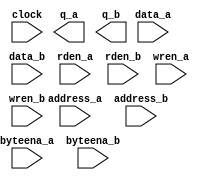
// megafunction wizard: %RAM: 2-PORT%VBB%
// GENERATION: STANDARD
// VERSION: WM1.0
// MODULE: altsyncram 

// ============================================================
// Megafunction Name(s):
// 			altsyncram
//
// Simulation Library Files(s):
// 			altera_mf
// ============================================================
// ************************************************************
// THIS IS A WIZARD-GENERATED FILE. DO NOT EDIT THIS FILE!
//
// 19.1.0 Build 670 09/22/2019 SJ Standard Edition
// ************************************************************

//Copyright (C) 2019  Intel Corporation. All rights reserved.
//Your use of Intel Corporation's design tools, logic functions 
//and other software and tools, and any partner logic 
//functions, and any output files from any of the foregoing 
//(including device programming or simulation files), and any 
//associated documentation or information are expressly subject 
//to the terms and conditions of the Intel Program License 
//Subscription Agreement, the Intel Quartus Prime License Agreement,
//the Intel FPGA IP License Agreement, or other applicable license
//agreement, including, without limitation, that your use is for
//the sole purpose of programming logic devices manufactured by
//Intel and sold by Intel or its authorized distributors.  Please
//refer to the applicable agreement for further details, at
//https://fpgasoftware.intel.com/eula.

module ocm (
	address_a,
	address_b,
	byteena_a,
	byteena_b,
	clock,
	data_a,
	data_b,
	rden_a,
	rden_b,
	wren_a,
	wren_b,
	q_a,
	q_b);

	input	[9:0]  address_a;
	input	[9:0]  address_b;
	input	[3:0]  byteena_a;
	input	[3:0]  byteena_b;
	input	  clock;
	input	[31:0]  data_a;
	input	[31:0]  data_b;
	input	  rden_a;
	input	  rden_b;
	input	  wren_a;
	input	  wren_b;
	output	[31:0]  q_a;
	output	[31:0]  q_b;
`ifndef ALTERA_RESERVED_QIS
// synopsys translate_off
`endif
	tri1	[3:0]  byteena_a;
	tri1	[3:0]  byteena_b;
	tri1	  clock;
	tri1	  rden_a;
	tri1	  rden_b;
	tri0	  wren_a;
	tri0	  wren_b;
`ifndef ALTERA_RESERVED_QIS
// synopsys translate_on
`endif

endmodule

// ============================================================
// CNX file retrieval info
// ============================================================
// Retrieval info: PRIVATE: ADDRESSSTALL_A NUMERIC "0"
// Retrieval info: PRIVATE: ADDRESSSTALL_B NUMERIC "0"
// Retrieval info: PRIVATE: BYTEENA_ACLR_A NUMERIC "0"
// Retrieval info: PRIVATE: BYTEENA_ACLR_B NUMERIC "0"
// Retrieval info: PRIVATE: BYTE_ENABLE_A NUMERIC "1"
// Retrieval info: PRIVATE: BYTE_ENABLE_B NUMERIC "1"
// Retrieval info: PRIVATE: BYTE_SIZE NUMERIC "8"
// Retrieval info: PRIVATE: BlankMemory NUMERIC "1"
// Retrieval info: PRIVATE: CLOCK_ENABLE_INPUT_A NUMERIC "0"
// Retrieval info: PRIVATE: CLOCK_ENABLE_INPUT_B NUMERIC "0"
// Retrieval info: PRIVATE: CLOCK_ENABLE_OUTPUT_A NUMERIC "0"
// Retrieval info: PRIVATE: CLOCK_ENABLE_OUTPUT_B NUMERIC "0"
// Retrieval info: PRIVATE: CLRdata NUMERIC "0"
// Retrieval info: PRIVATE: CLRq NUMERIC "0"
// Retrieval info: PRIVATE: CLRrdaddress NUMERIC "0"
// Retrieval info: PRIVATE: CLRrren NUMERIC "0"
// Retrieval info: PRIVATE: CLRwraddress NUMERIC "0"
// Retrieval info: PRIVATE: CLRwren NUMERIC "0"
// Retrieval info: PRIVATE: Clock NUMERIC "0"
// Retrieval info: PRIVATE: Clock_A NUMERIC "0"
// Retrieval info: PRIVATE: Clock_B NUMERIC "0"
// Retrieval info: PRIVATE: IMPLEMENT_IN_LES NUMERIC "0"
// Retrieval info: PRIVATE: INDATA_ACLR_B NUMERIC "0"
// Retrieval info: PRIVATE: INDATA_REG_B NUMERIC "1"
// Retrieval info: PRIVATE: INIT_FILE_LAYOUT STRING "PORT_A"
// Retrieval info: PRIVATE: INIT_TO_SIM_X NUMERIC "0"
// Retrieval info: PRIVATE: INTENDED_DEVICE_FAMILY STRING "MAX 10"
// Retrieval info: PRIVATE: JTAG_ENABLED NUMERIC "0"
// Retrieval info: PRIVATE: JTAG_ID STRING "NONE"
// Retrieval info: PRIVATE: MAXIMUM_DEPTH NUMERIC "0"
// Retrieval info: PRIVATE: MEMSIZE NUMERIC "32768"
// Retrieval info: PRIVATE: MEM_IN_BITS NUMERIC "0"
// Retrieval info: PRIVATE: MIFfilename STRING ""
// Retrieval info: PRIVATE: OPERATION_MODE NUMERIC "3"
// Retrieval info: PRIVATE: OUTDATA_ACLR_B NUMERIC "0"
// Retrieval info: PRIVATE: OUTDATA_REG_B NUMERIC "0"
// Retrieval info: PRIVATE: RAM_BLOCK_TYPE NUMERIC "2"
// Retrieval info: PRIVATE: READ_DURING_WRITE_MODE_MIXED_PORTS NUMERIC "2"
// Retrieval info: PRIVATE: READ_DURING_WRITE_MODE_PORT_A NUMERIC "4"
// Retrieval info: PRIVATE: READ_DURING_WRITE_MODE_PORT_B NUMERIC "4"
// Retrieval info: PRIVATE: REGdata NUMERIC "1"
// Retrieval info: PRIVATE: REGq NUMERIC "0"
// Retrieval info: PRIVATE: REGrdaddress NUMERIC "0"
// Retrieval info: PRIVATE: REGrren NUMERIC "1"
// Retrieval info: PRIVATE: REGwraddress NUMERIC "1"
// Retrieval info: PRIVATE: REGwren NUMERIC "1"
// Retrieval info: PRIVATE: SYNTH_WRAPPER_GEN_POSTFIX STRING "0"
// Retrieval info: PRIVATE: USE_DIFF_CLKEN NUMERIC "0"
// Retrieval info: PRIVATE: UseDPRAM NUMERIC "1"
// Retrieval info: PRIVATE: VarWidth NUMERIC "0"
// Retrieval info: PRIVATE: WIDTH_READ_A NUMERIC "32"
// Retrieval info: PRIVATE: WIDTH_READ_B NUMERIC "32"
// Retrieval info: PRIVATE: WIDTH_WRITE_A NUMERIC "32"
// Retrieval info: PRIVATE: WIDTH_WRITE_B NUMERIC "32"
// Retrieval info: PRIVATE: WRADDR_ACLR_B NUMERIC "0"
// Retrieval info: PRIVATE: WRADDR_REG_B NUMERIC "1"
// Retrieval info: PRIVATE: WRCTRL_ACLR_B NUMERIC "0"
// Retrieval info: PRIVATE: enable NUMERIC "0"
// Retrieval info: PRIVATE: rden NUMERIC "1"
// Retrieval info: LIBRARY: altera_mf altera_mf.altera_mf_components.all
// Retrieval info: CONSTANT: ADDRESS_REG_B STRING "CLOCK0"
// Retrieval info: CONSTANT: BYTEENA_REG_B STRING "CLOCK0"
// Retrieval info: CONSTANT: BYTE_SIZE NUMERIC "8"
// Retrieval info: CONSTANT: CLOCK_ENABLE_INPUT_A STRING "BYPASS"
// Retrieval info: CONSTANT: CLOCK_ENABLE_INPUT_B STRING "BYPASS"
// Retrieval info: CONSTANT: CLOCK_ENABLE_OUTPUT_A STRING "BYPASS"
// Retrieval info: CONSTANT: CLOCK_ENABLE_OUTPUT_B STRING "BYPASS"
// Retrieval info: CONSTANT: INDATA_REG_B STRING "CLOCK0"
// Retrieval info: CONSTANT: INTENDED_DEVICE_FAMILY STRING "MAX 10"
// Retrieval info: CONSTANT: LPM_TYPE STRING "altsyncram"
// Retrieval info: CONSTANT: NUMWORDS_A NUMERIC "1024"
// Retrieval info: CONSTANT: NUMWORDS_B NUMERIC "1024"
// Retrieval info: CONSTANT: OPERATION_MODE STRING "BIDIR_DUAL_PORT"
// Retrieval info: CONSTANT: OUTDATA_ACLR_A STRING "NONE"
// Retrieval info: CONSTANT: OUTDATA_ACLR_B STRING "NONE"
// Retrieval info: CONSTANT: OUTDATA_REG_A STRING "UNREGISTERED"
// Retrieval info: CONSTANT: OUTDATA_REG_B STRING "UNREGISTERED"
// Retrieval info: CONSTANT: POWER_UP_UNINITIALIZED STRING "FALSE"
// Retrieval info: CONSTANT: RAM_BLOCK_TYPE STRING "M9K"
// Retrieval info: CONSTANT: READ_DURING_WRITE_MODE_MIXED_PORTS STRING "DONT_CARE"
// Retrieval info: CONSTANT: READ_DURING_WRITE_MODE_PORT_A STRING "NEW_DATA_WITH_NBE_READ"
// Retrieval info: CONSTANT: READ_DURING_WRITE_MODE_PORT_B STRING "NEW_DATA_WITH_NBE_READ"
// Retrieval info: CONSTANT: WIDTHAD_A NUMERIC "10"
// Retrieval info: CONSTANT: WIDTHAD_B NUMERIC "10"
// Retrieval info: CONSTANT: WIDTH_A NUMERIC "32"
// Retrieval info: CONSTANT: WIDTH_B NUMERIC "32"
// Retrieval info: CONSTANT: WIDTH_BYTEENA_A NUMERIC "4"
// Retrieval info: CONSTANT: WIDTH_BYTEENA_B NUMERIC "4"
// Retrieval info: CONSTANT: WRCONTROL_WRADDRESS_REG_B STRING "CLOCK0"
// Retrieval info: USED_PORT: address_a 0 0 10 0 INPUT NODEFVAL "address_a[9..0]"
// Retrieval info: USED_PORT: address_b 0 0 10 0 INPUT NODEFVAL "address_b[9..0]"
// Retrieval info: USED_PORT: byteena_a 0 0 4 0 INPUT VCC "byteena_a[3..0]"
// Retrieval info: USED_PORT: byteena_b 0 0 4 0 INPUT VCC "byteena_b[3..0]"
// Retrieval info: USED_PORT: clock 0 0 0 0 INPUT VCC "clock"
// Retrieval info: USED_PORT: data_a 0 0 32 0 INPUT NODEFVAL "data_a[31..0]"
// Retrieval info: USED_PORT: data_b 0 0 32 0 INPUT NODEFVAL "data_b[31..0]"
// Retrieval info: USED_PORT: q_a 0 0 32 0 OUTPUT NODEFVAL "q_a[31..0]"
// Retrieval info: USED_PORT: q_b 0 0 32 0 OUTPUT NODEFVAL "q_b[31..0]"
// Retrieval info: USED_PORT: rden_a 0 0 0 0 INPUT VCC "rden_a"
// Retrieval info: USED_PORT: rden_b 0 0 0 0 INPUT VCC "rden_b"
// Retrieval info: USED_PORT: wren_a 0 0 0 0 INPUT GND "wren_a"
// Retrieval info: USED_PORT: wren_b 0 0 0 0 INPUT GND "wren_b"
// Retrieval info: CONNECT: @address_a 0 0 10 0 address_a 0 0 10 0
// Retrieval info: CONNECT: @address_b 0 0 10 0 address_b 0 0 10 0
// Retrieval info: CONNECT: @byteena_a 0 0 4 0 byteena_a 0 0 4 0
// Retrieval info: CONNECT: @byteena_b 0 0 4 0 byteena_b 0 0 4 0
// Retrieval info: CONNECT: @clock0 0 0 0 0 clock 0 0 0 0
// Retrieval info: CONNECT: @data_a 0 0 32 0 data_a 0 0 32 0
// Retrieval info: CONNECT: @data_b 0 0 32 0 data_b 0 0 32 0
// Retrieval info: CONNECT: @rden_a 0 0 0 0 rden_a 0 0 0 0
// Retrieval info: CONNECT: @rden_b 0 0 0 0 rden_b 0 0 0 0
// Retrieval info: CONNECT: @wren_a 0 0 0 0 wren_a 0 0 0 0
// Retrieval info: CONNECT: @wren_b 0 0 0 0 wren_b 0 0 0 0
// Retrieval info: CONNECT: q_a 0 0 32 0 @q_a 0 0 32 0
// Retrieval info: CONNECT: q_b 0 0 32 0 @q_b 0 0 32 0
// Retrieval info: GEN_FILE: TYPE_NORMAL ocm.v TRUE
// Retrieval info: GEN_FILE: TYPE_NORMAL ocm.inc FALSE
// Retrieval info: GEN_FILE: TYPE_NORMAL ocm.cmp FALSE
// Retrieval info: GEN_FILE: TYPE_NORMAL ocm.bsf FALSE
// Retrieval info: GEN_FILE: TYPE_NORMAL ocm_inst.v FALSE
// Retrieval info: GEN_FILE: TYPE_NORMAL ocm_bb.v TRUE
// Retrieval info: LIB_FILE: altera_mf